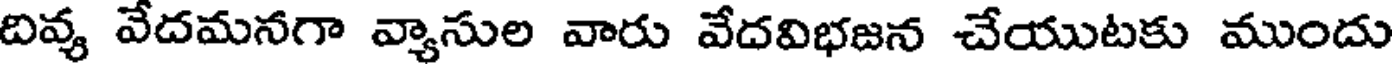
దివ్య వేదమనగా వ్యాసుల వారు వేదవిభజన చేయుటకు ముందు